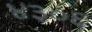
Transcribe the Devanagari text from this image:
४३०६